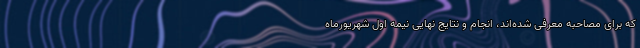
که برای مصاحبه معرفی شده‌اند، انجام و نتایج نهایی نیمه اول شهریورماه